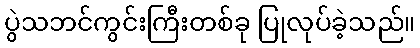
ပွဲသဘင်ကွင်းကြီးတစ်ခု ပြုလုပ်ခဲ့သည်။